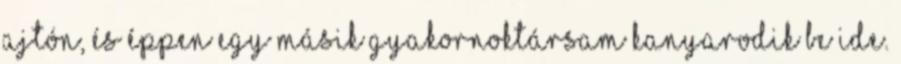
ajtón, és éppen egy másik gyakornoktársam kanyarodik be ide.